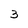
Character: 3